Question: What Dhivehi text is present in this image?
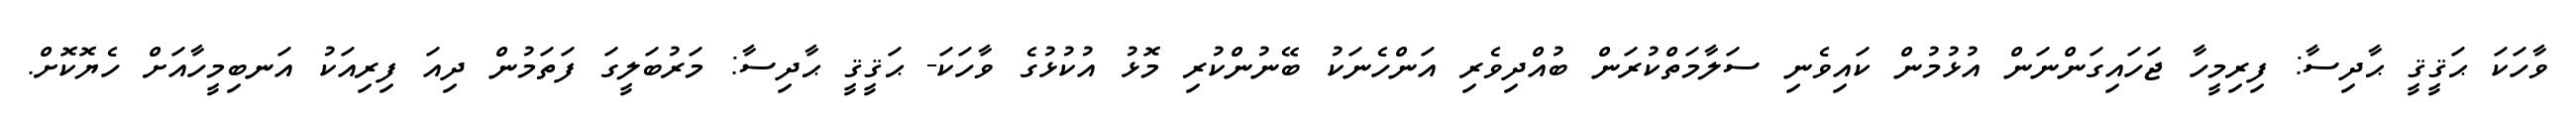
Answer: ވާހަކަ ޙަޤީޤީ ޙާދިސާ: ފިރިމީހާ ޖަހައިގަންނަން އުޅުމުން ކައިވެނި ސަލާމަތްކުރަން ބުއްދިވެރި އަންހެނަކު ބޭނުންކުރި މޮޅު އުކުޅުގެ ވާހަކަ- ޙަޤީޤީ ޙާދިސާ: މަރުބަލީގަ ފަތަމުން ދިއަ ފިރިއަކު އަނބިމީހާއަށް ހެޔޮކޮށް.